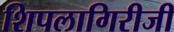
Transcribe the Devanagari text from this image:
शिपलागिरीजी